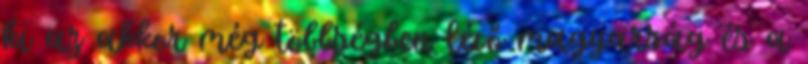
ki az akkor még többségben lévő magyarság és a